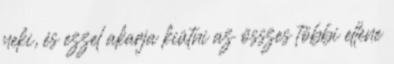
neki, és ezzel akarja kiütni az összes többi ellene